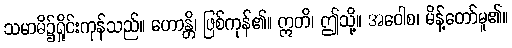
သမာဓိ၌ရှိုင်းကုန်သည်။ ဟောန္တိ၊ ဖြစ်ကုန်၏။ ဣတိ၊ ဤသို့။ အဝေါစ၊ မိန့်တော်မူ၏။